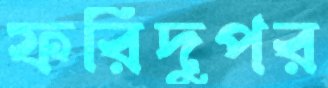
ফরিদুপর